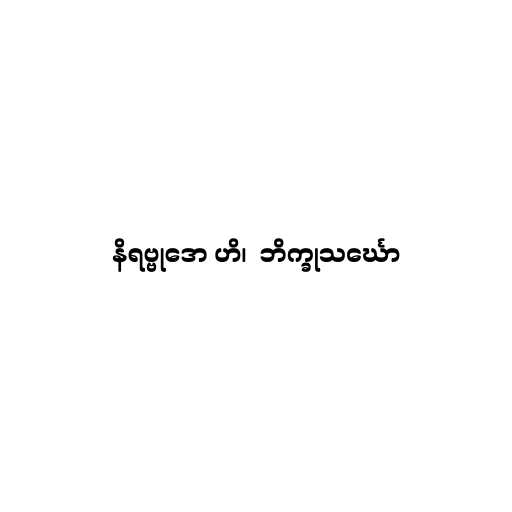
နိရဗ္ဗုဒော ဟိ၊  ဘိက္ခုသင်္ဃော